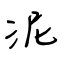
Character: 泥